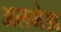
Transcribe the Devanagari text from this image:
अलमेडा